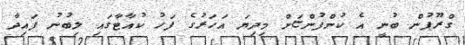
ގްރޫޕުން ބުނީ އެ ކުންފުންޏަށް މިދިޔަ އަހަރުގެ ފަހު ކުއާޓާގައި ލިބުނު ފައިދާ